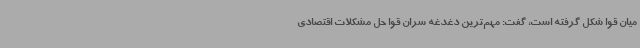
میان قوا شکل گرفته است، گفت: مهم‌ترین دغدغه سران قوا حل مشکلات اقتصادی